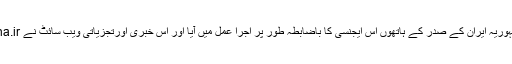
سنہ۲۰۰۸میں اس نئے مرحلہ کا آغاز ہوا اور اسلامی جمہوریہ ایران کے صدر کے ہاتھوں اس ایجنسی کا باضابطہ طور پر اجرا عمل میں آیا اور اس خبری اورتجزیاتی ویب سائٹ نے www.abna.ir ڈومین کے تحت ’’اہل بیت (ع)نیوز ایجنسی۔